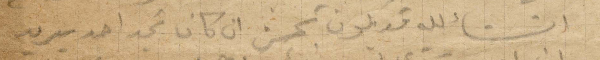
انشالله قد يكون تحسن ان كان تجد احد يريد